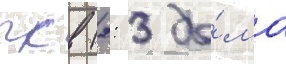
псв (2: 3 до́ма